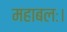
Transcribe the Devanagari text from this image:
महाबलः।